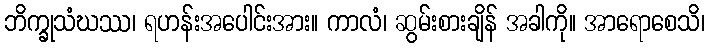
ဘိက္ခုသံဃဿ၊ ရဟန်းအပေါင်းအား။ ကာလံ၊ ဆွမ်းစားချိန် အခါကို။ အာရောစေသိ၊